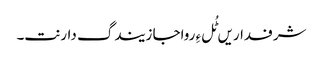
شرفداریں ٹُل ءِ رواجا زیندگ دارنت۔